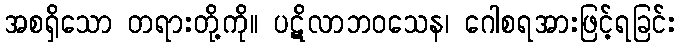
အစရှိသော တရားတို့ကို။ ပဋိလာဘဝသေန၊ ဂေါစရအားဖြင့်ရခြင်း